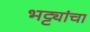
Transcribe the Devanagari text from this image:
भट्ट्यांचा